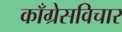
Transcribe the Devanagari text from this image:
काँग्रेसविचार